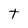
Character: t